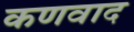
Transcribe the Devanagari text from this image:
कणवाद